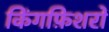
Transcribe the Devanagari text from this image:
किंगफ़िशरों